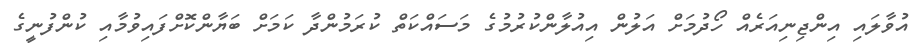
އުވާލައި އިންޖިނިއަރެއް ހޯދުމަށް އަލުން އިއުލާންކުރުމުގެ މަސައްކަތް ކުރަމުންދާ ކަމަށް ބަޔާންކޮށްފައިވުމާއި ކުންފުނީގެ